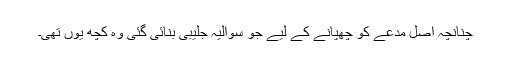
چنانچہ اصل مدعے کو چھپانے کے لیے جو سوالیہ جلیبی بنائی گئی وہ کچھ یوں تھی۔